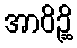
အာဝိဉ္ဆိ